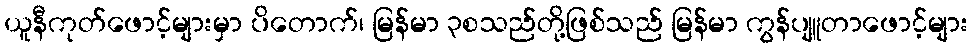
ယူနီကုတ်ဖောင့်များမှာ ပိတောက်၊ မြန်မာ ၃စသည်တို့ဖြစ်သည် မြန်မာ ကွန်ပျူတာဖောင့်များ